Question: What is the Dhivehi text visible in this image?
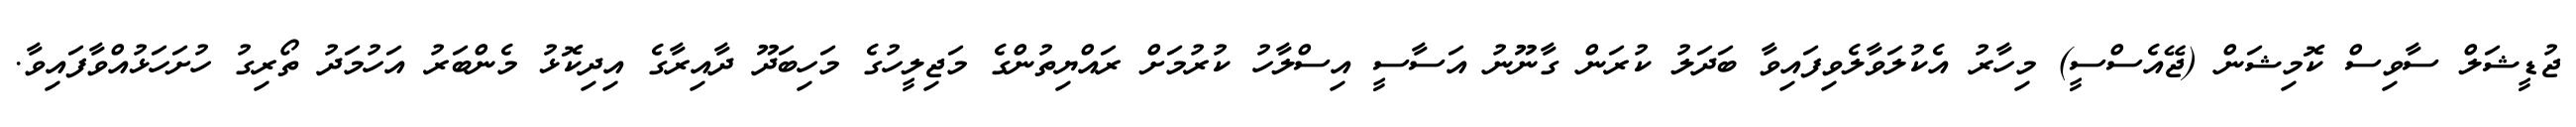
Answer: ޖުޑީޝަލް ސާވިސް ކޮމިޝަން (ޖޭއެސްސީ) މިހާރު އެކުލަވާލެވިފައިވާ ބަދަލު ކުރަން ގާނޫނު އަސާސީ އިސްލާހު ކުރުމަށް ރައްޔިތުންގެ މަޖިލީހުގެ މަހިބަދޫ ދާއިރާގެ އިދިކޮޅު މެންބަރު އަހުމަދު ތޯރިގު ހުށަހަޅުއްވާފައިވާ.